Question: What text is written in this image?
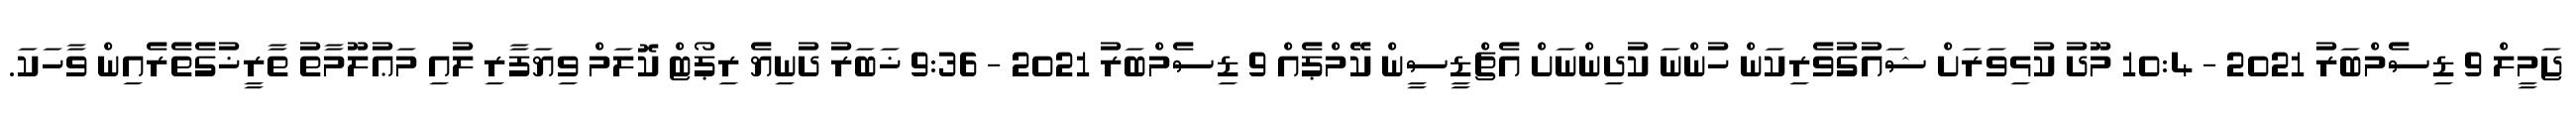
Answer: ޖަމީލް 9 ޑިސެމްބަރު 2021 - 10:4 މޫދު ކުޅިވަރަށް ޝައުގުވެރިކަން ހުންނަ ކުދިންނަށް އެޗްޑީސީން ކޭމްޕެއް 9 ޑިސެމްބަރު 2021 - 9:36 ޚަބަރު ދުނިޔެ ރިޕޯޓް ކޮލަމް ވިޔަފާރި ލުއި މަޢުލޫމާތު ތާރީޚުގެތެރެއިން ވާހަކަ.